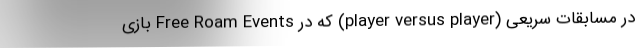
در مسابقات سریعی (player versus player) که در Free Roam Events بازی